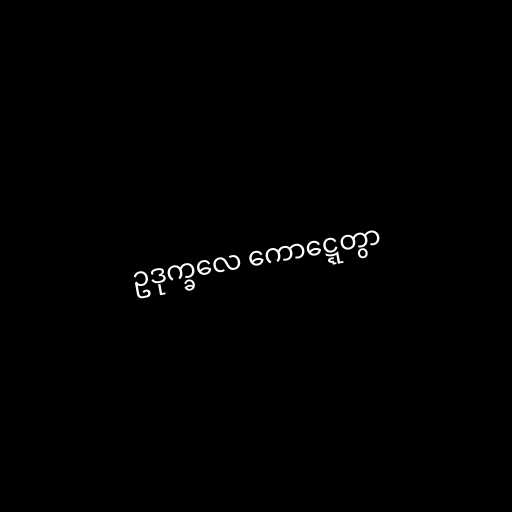
ဥဒုက္ခလေ ကောဋ္ဋေတွာ